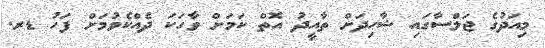
މިއަދުގެ ޖަލްސާގައި ޝާހިދަށް ތާއީދު އޮތް ކަމަށް ވާހަކަ ދެއްކެވުމަށް ފަހު ޑރ.